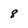
Character: 8